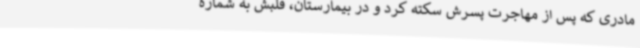
مادری که پس از مهاجرت پسرش سکته کرد و در بیمارستان، قلبش به شماره